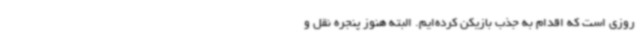
روزی است که اقدام به جذب بازیکن کرده‌ایم. البته هنوز پنجره نقل و